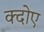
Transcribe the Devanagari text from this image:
क्दोए